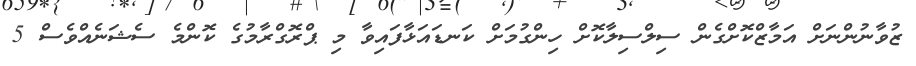
ޒުވާނުންނަށް އަމާޒްކޮށްގެން ސިލްސިލާކޮށް ހިންގުމަށް ކަނޑައަޅާފައިވާ މި ޕްރޮގްރާމުގެ ކޮންމެ ސެޝަނެއްވެސް 5